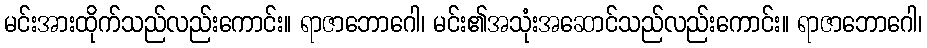
မင်းအားထိုက်သည်လည်းကောင်း။ ရာဇာဘောဂေါ၊ မင်း၏အသုံးအဆောင်သည်လည်းကောင်း။ ရာဇာဘောဂေါ၊